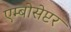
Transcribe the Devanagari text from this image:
एम्बोसेप्टर